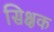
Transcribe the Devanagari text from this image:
सिक्षक